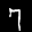
Label: 7